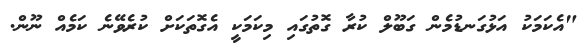
"އެކަމަކު އަޅުގަނޑުމެން ގަބޫލް ކުރާ ގޮތުގައި މިކަމަކީ އެގޮތަކަށް ކުރެވޭނެ ކަމެއް ނޫން.